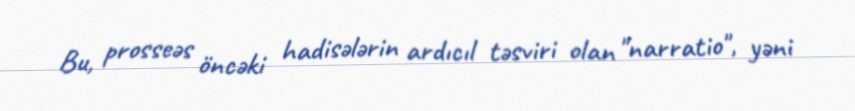
Bu, prosseəs öncəki hadisələrin ardıcıl təsviri olan "narratio", yəni